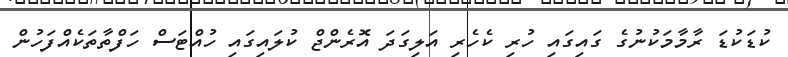
ކުޑަކުޑަ ރާމާމަކުނުގެ ގައިގައި ހުރި ކެހެރި އަލިގަދަ އޮރެންޖް ކުލައިގައި ހުއްޓަސް ހަފްތާތަކެއްފަހުން